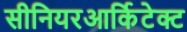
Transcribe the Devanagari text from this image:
सीनियरआर्किटेक्ट